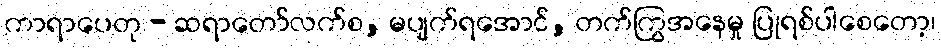
ကာရာပေတု - ဆရာတော်လက်စ, မပျက်ရအောင်, တက်ကြွအနေမှု ပြုရစ်ပါစေတော့၊